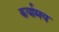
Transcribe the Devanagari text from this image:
कर्यामय